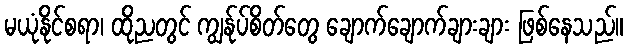
မယုံနိုင်စရာ၊ ထိုညတွင် ကျွန်ုပ်စိတ်တွေ ချောက်ချောက်ချားချား ဖြစ်နေသည်။